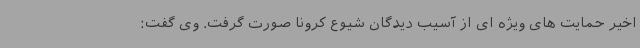
اخیر حمایت های ویژه ای از آسیب دیدگان شیوع کرونا صورت گرفت. وی گفت: